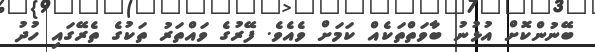
ބޭނުންކޮށް އުޅުނު ބާވަތްތަކެއް ކަމަށް ވެއެވެ. ފޭރުގެ ވައްތަރު ތަކުގެ ތެރޭގައި ހުދު